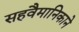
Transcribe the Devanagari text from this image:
सहवैमानिकाने